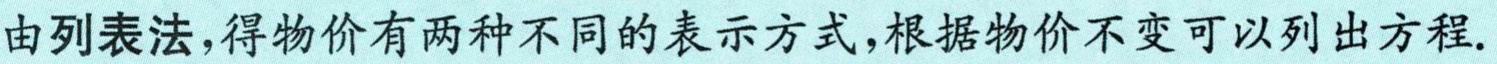
由列表法,得物价有两种不同的表示方式,根据物价不变可以列出方程.